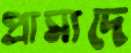
প্রাসাদে